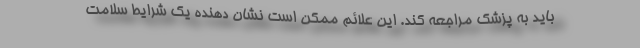
باید به پزشک مراجعه کند. این علائم ممکن است نشان دهنده یک شرایط سلامت